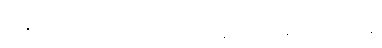
ခန္ဓာ ၅-ပါး၌ တဏှာ မာန ဒိဋ္ဌိ မဖြစ်စေရန်